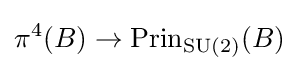
\pi ^{4}(B)\rightarrow \operatorname {Prin} _{\operatorname {SU} (2)}(B)